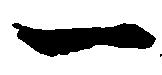
一